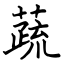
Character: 蔬